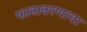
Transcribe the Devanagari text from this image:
फलावरणाचा